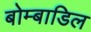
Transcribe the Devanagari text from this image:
बोम्बाडिल